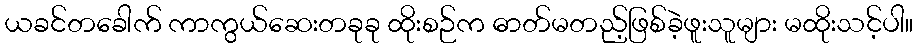
ယခင်တခေါက် ကာကွယ်ဆေးတခုခု ထိုးစဉ်က ဓာတ်မတည့်ဖြစ်ခဲ့ဖူးသူများ မထိုးသင့်ပါ။